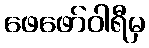
ဖေဖော်ဝါရီမှ